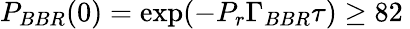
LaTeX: P_{BBR}(0)=\exp(-P_{r}\Gamma_{BBR}\tau)\geq 82\